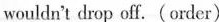
wouldn't drop off. (order)